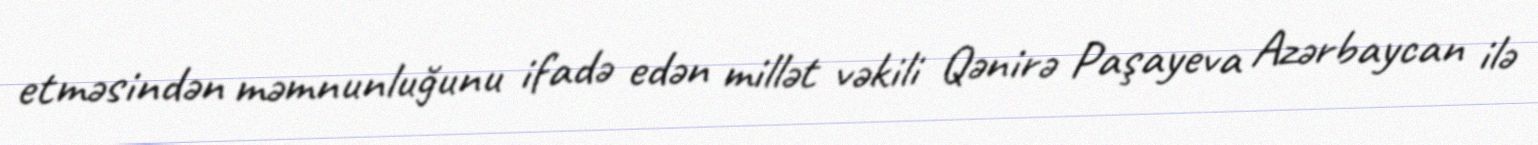
etməsindən məmnunluğunu ifadə edən millət vəkili Qənirə Paşayeva Azərbaycan ilə